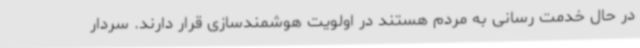
در حال خدمت رسانی به مردم هستند در اولویت هوشمندسازی قرار دارند. سردار